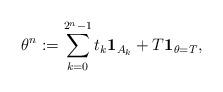
LaTeX: \begin{align*}\theta^n:=\sum_{k=0}^{2^n-1}t_k\textbf{1}_{A_k}+T \textbf{1}_{\theta=T},\end{align*}